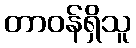
တာဝန်ရှိသူ